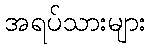
အရပ်သားများ